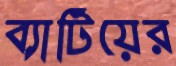
ব্যাটিয়ের